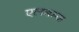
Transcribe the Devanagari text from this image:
एलबम्ज